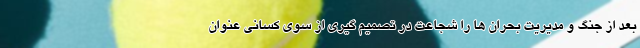
بعد از جنگ و مدیریت بحران ها را شجاعت در تصمیم گیری از سوی کسانی عنوان